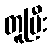
တူပြီး